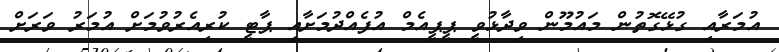
އުމަރާއި ގުޅޭގޮތުން މައުމޫން ވިދާޅުވީ ޕީޕީއެމް އުފެއްދުމަށާއި ޕާޓީ ކުރިއެރުވުމަށް އުމަރު ވަރަށް